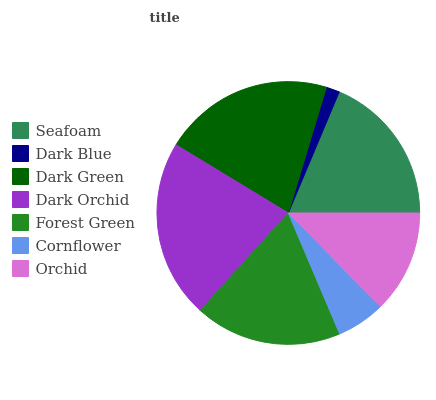
| Seafoam | Dark Blue | Dark Green | Dark Orchid | Forest Green | Cornflower | Orchid |
 | --- | --- | --- | --- | --- | --- | --- |
 | 18.6% | 1.66% | 21% | 22% | 18.1% | 6% | 12.6% |